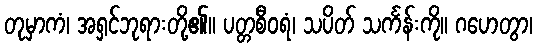
တုမှာကံ၊ အရှင်ဘုရားတို့၏။ ပတ္တစီဝရံ၊ သပိတ် သင်္ကန်းကို။ ဂဟေတွာ၊